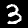
Digit: 3